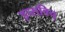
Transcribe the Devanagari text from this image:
इप्सविच्‌